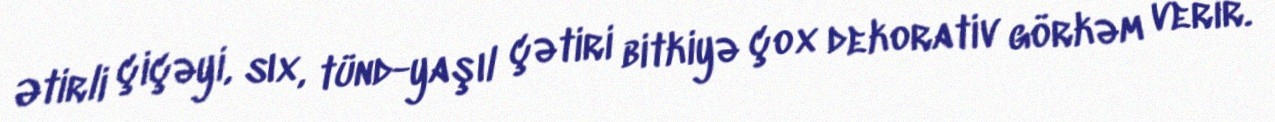
Ətirli çiçəyi, sıx, tünd-yaşıl çətiri bitkiyə çox dekorativ görkəm verir.